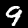
Digit: 9